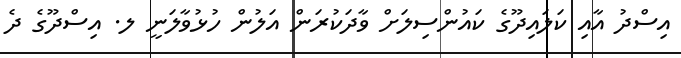
އިސްދު އާއި ކަލައިދޫގެ ކައުންސިލަށް ވާދަކުރަން އަލުން ހުޅުވާލަނީ ލ. އިސްދޫގެ ދެ